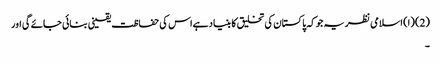
(2) (ا) اسلامی نظریہ جوکہ پاکستان کی تخلیق کا بنیاد ہےاس کی حفاظت یقینی بنائی جائے گی اور
۔